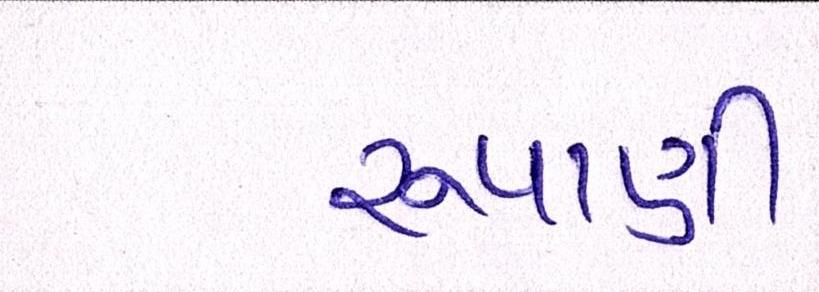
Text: રુપાણી